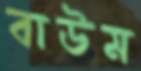
বাউম